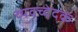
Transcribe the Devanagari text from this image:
व्यवच्देदक